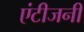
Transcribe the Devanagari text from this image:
एंटीजनी